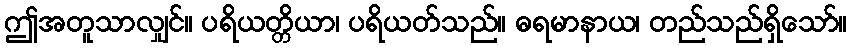
ဤအတူသာလျှင်။ ပရိယတ္တိယာ၊ ပရိယတ်သည်။ ဓရမာနာယ၊ တည်သည်ရှိသော်။